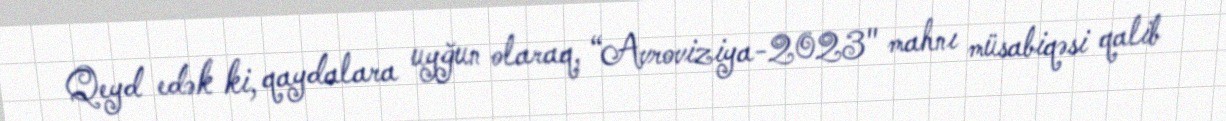
Qeyd edək ki, qaydalara uyğun olaraq, “Avroviziya-2023" mahnı müsabiqəsi qalib